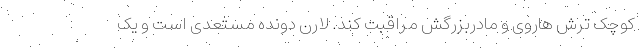
کوچک ترش هاروی و مادربزرگش مراقبت کند. لارن دونده مستعدی است و یک